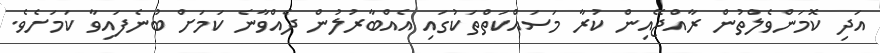
އަދި ކޮމަންވެލްތުން ރާއްޖޭއިން ކުރާ މަސައްކަތްތަކުގައި އެއްބާރުލުން ދެއްވާނެ ކަމަށް ބުނެފައިވާ ކަމަށެވެ.